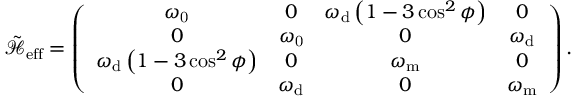
\mathcal { \tilde { H } } _ { \mathrm { { e f f } } } = \left( \begin{array} { c c c c } { \omega _ { \mathrm { { 0 } } } } & { 0 } & { \omega _ { \mathrm { { d } } } \left( 1 - 3 \cos ^ { 2 } \phi \right) } & { 0 } \\ { 0 } & { \omega _ { \mathrm { { 0 } } } } & { 0 } & { \omega _ { \mathrm { { d } } } } \\ { \omega _ { \mathrm { { d } } } \left( 1 - 3 \cos ^ { 2 } \phi \right) } & { 0 } & { \omega _ { \mathrm { { m } } } } & { 0 } \\ { 0 } & { \omega _ { \mathrm { { d } } } } & { 0 } & { \omega _ { \mathrm { { m } } } } \end{array} \right) .